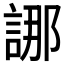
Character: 𮘖